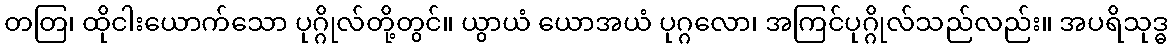
တတြ၊ ထိုငါးယောက်သော ပုဂ္ဂိုလ်တို့တွင်။ ယွာယံ ယောအယံ ပုဂ္ဂလော၊ အကြင်ပုဂ္ဂိုလ်သည်လည်း။ အပရိသုဒ္ဓ